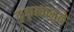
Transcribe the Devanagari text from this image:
कुकृत्यामुळे